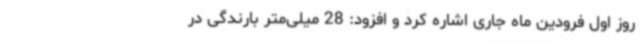
روز اول فرودین ماه جاری اشاره کرد و افزود: 28 میلی‌متر بارندگی در